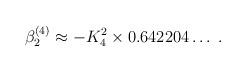
LaTeX: \begin{align*}\beta_2^{(4)} \approx - K_4^2 \times 0.642204 \ldots \; .\end{align*}